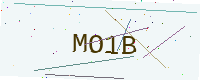
Text: MO1B